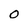
Character: O